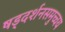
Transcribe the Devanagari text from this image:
षड्दर्शनसमुच्चय